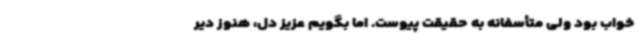
خواب بود ولی متأسفانه به حقیقت پیوست. اما بگویم عزیز دل، هنوز دیر